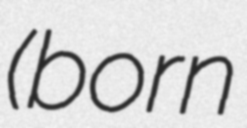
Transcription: (born